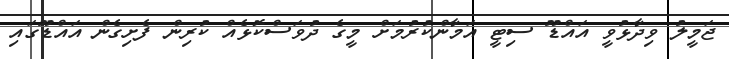
ޖަމީލު ވިދާޅުވީ އައްޑޫ ސިޓީ އަމާންކުރުމަށް މީގެ ދުވަސްކޮޅެއް ކުރިން ފެށިގެން އައްޑޫގައި